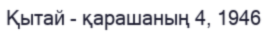
Қытай - қарашаның 4, 1946